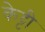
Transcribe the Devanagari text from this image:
केट्टी